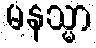
မနသ္မာ